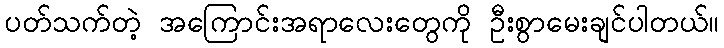
ပတ်သက်တဲ့ အကြောင်းအရာလေးတွေကို ဦးစွာမေးချင်ပါတယ်။